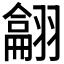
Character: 𦒈